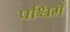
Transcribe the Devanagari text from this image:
पश्चिमें